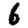
Digit: 6